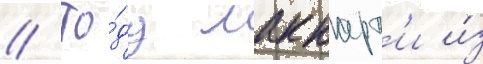
// То́дд маккарт'и и́з